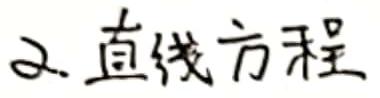
2. 直线方程